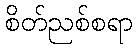
စိတ်ညစ်စရာ